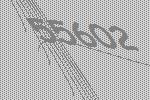
55602